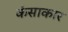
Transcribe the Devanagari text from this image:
कंसाकार